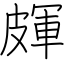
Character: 皹